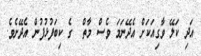
އަދި ކަލޭ ވާގިއަކަށް އެދޭނަމަ ވެސް މާތް  ގެ ކިބަފުޅުފުން އެދޭށެވެ.